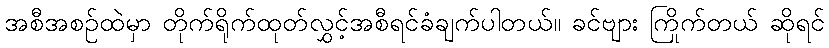
အစီအစဉ်ထဲမှာ တိုက်ရိုက်ထုတ်လွှင့်အစီရင်ခံချက်ပါတယ်။ ခင်ဗျား ကြိုက်တယ် ဆိုရင်